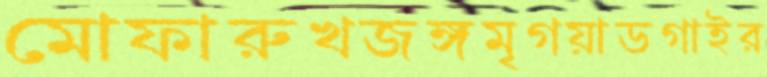
মোফারুখজঙ্গমৃগয়াডগাইর